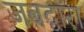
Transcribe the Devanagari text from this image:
जबद्वारा